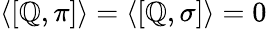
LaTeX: \langle[\mathbb{Q},\pi]\rangle=\langle[\mathbb{Q},\sigma]\rangle=0